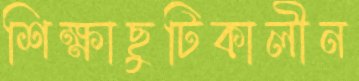
শিক্ষাছুটিকালীন